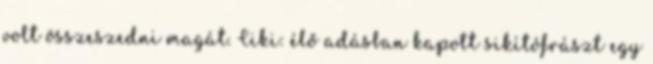
volt össze­szedni magát. Ciki: élő adásban kapott sikítófrászt egy